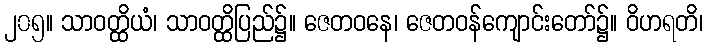
၂၀၅။ သာဝတ္ထိယံ၊ သာဝတ္ထိပြည်၌။ ဇေတဝနေ၊ ဇေတဝန်ကျောင်းတော်၌။ ဝိဟရတိ၊